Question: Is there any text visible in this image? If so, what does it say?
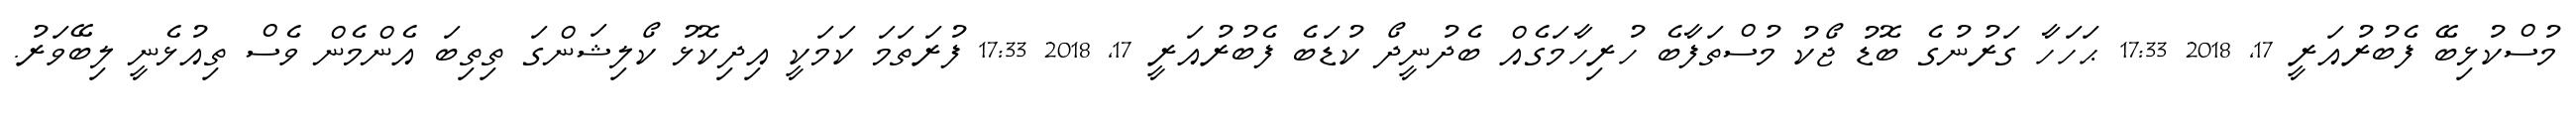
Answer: މުސްކުޅިބޭ ފެބުރުއަރީ 17, 2018 17:33 ޙަހަހާ ގަރުނުގެ ބޮޑު ޖޯކު މުސްތަފާބެ ހުރިހާމަގެއް ބެދުނީދޯ ކުޑަބެ ފެބުރުއަރީ 17, 2018 17:33 ފުރަތަމަ ކަމަކީ އިދިކޮޅު ކޯލިޝަންގަ ތިތިބަ އެންމެން ވެސް ތިއުޅެނީ ލިބޭވަރު.